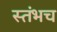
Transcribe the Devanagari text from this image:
स्तंभच